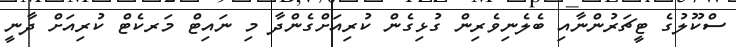
ސްކޫލުގެ ޓީޗަރުންނާއި ބެލެނިވެރިން ގުޅިގެން ކުރިއަށްގެންދާ މި ނައިޓް މަރކެޓް ކުރިއަށް ދާނީ